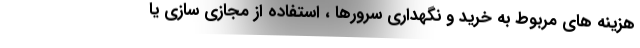
هزینه های مربوط به خرید و نگهداری سرورها ، استفاده از مجازی سازی یا